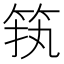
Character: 𱷷